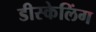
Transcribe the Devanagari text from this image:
डीस्केलिंग